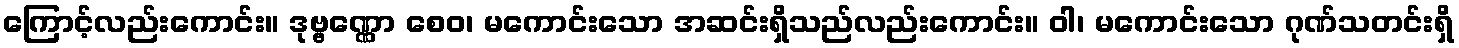
ကြောင့်လည်းကောင်း။ ဒုဗ္ဗဏ္ဏော စေဝ၊ မကောင်းသော အဆင်းရှိသည်လည်းကောင်း။ ဝါ၊ မကောင်းသော ဂုဏ်သတင်းရှိ